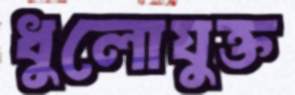
ধুলোযুক্ত